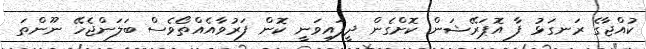
ކުއްޖާގެ ރަނގަޅު ފާ އޮޕަރޭޝަން ކޮށްގެން ދީފައިވަނީ ކޮން ފަރުވާއެއްތޯވެސް ބަލަންޖެހޭ ނޫންތަ